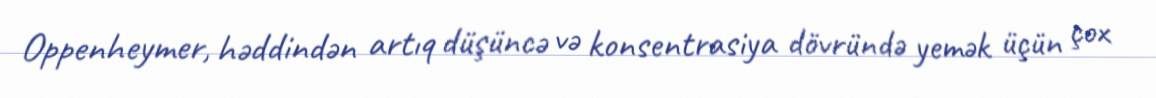
Oppenheymer, həddindən artıq düşüncə və konsentrasiya dövründə yemək üçün çox